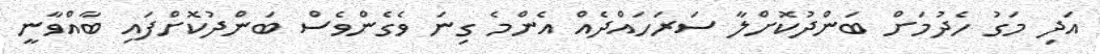
އަދި މަގު ހެދުމަަށް ބަންދުކޮށްލާ ސަރަހައްދެއް އެންމެ ގިނަ ވެގެންވެސް ބަންދުކޮށްފައި ބާއްވާނީ